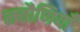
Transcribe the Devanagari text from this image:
नचौणियाँ